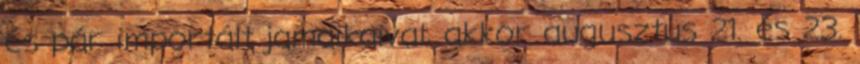
és pár importált jamaikaival, akkor augusztus 21. és 23.